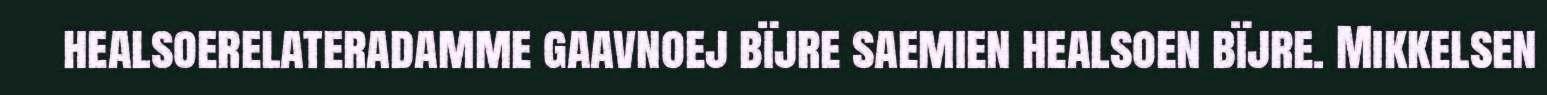
healsoerelateradamme gaavnoej bïjre saemien healsoen bïjre. Mikkelsen